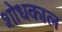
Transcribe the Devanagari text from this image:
शोधकाल